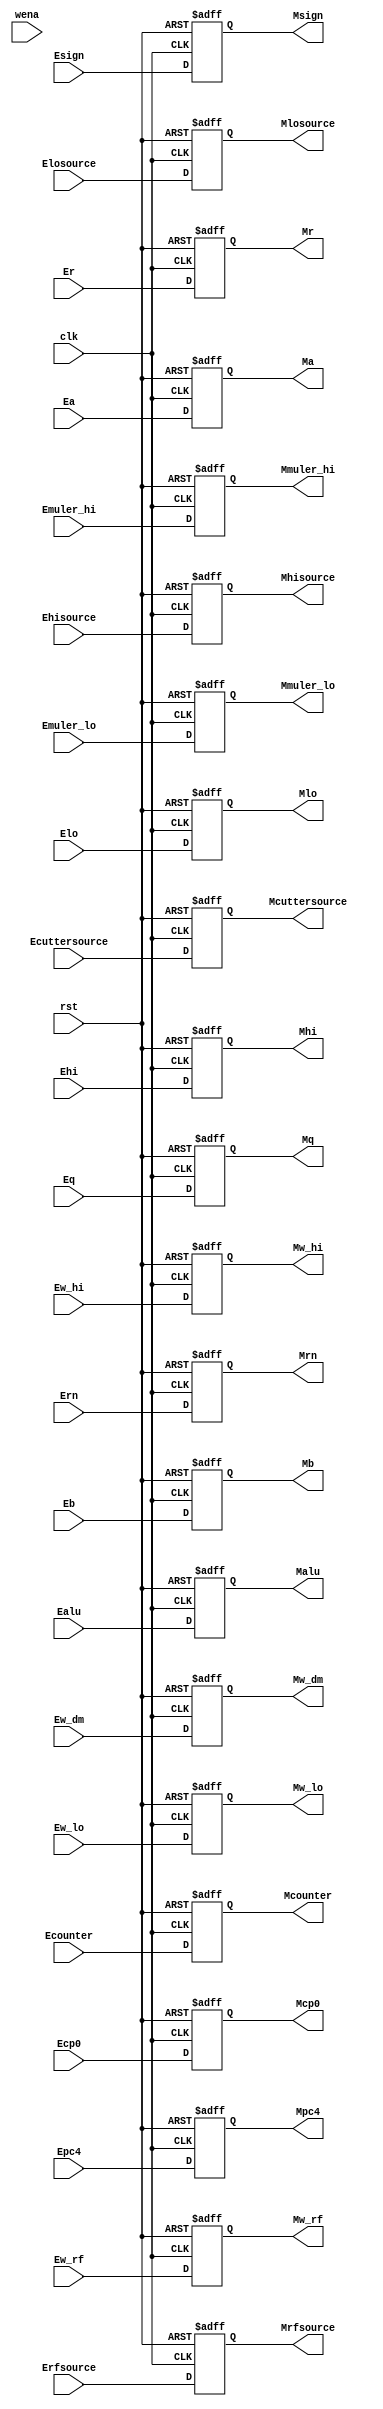
`timescale 1ns / 1ps

module PipeEMreg(Ealu,
				 Ea,Eb,
				 Ecounter,
				 Ecp0,
				 Malu,
				 Ma,Mb,
				 Mcounter,
				 Mcp0,
				 Mcuttersource,
				 Mhi,Mhisource,
				 Mlo,Mlosource,
				 Ecuttersource,
				 Ehi,Ehisource,
				 Elo,Elosource,
				 Emuler_hi,Emuler_lo,
				 Epc4,
				 Eq,Er,
				 Erfsource,Ern,
				 Esign,
				 Mrfsource,Mrn,
				 Msign,
				 Mw_dm,
				 Mw_hi,Mw_lo,
				 Ew_dm,
				 Ew_hi,Ew_lo,
				 Ew_rf,
				 clk,rst,wena,
				 Mmuler_hi,Mmuler_lo,
				 Mpc4,
				 Mq,Mr,
				 Mw_rf);

	input [31:0] Epc4				;
	input [31:0] Eq					;
	input [31:0] Er					;
	input [ 2:0] Erfsource			;
	input [ 4:0] Ern				;
	input Esign						;
	input Ew_dm						;
	input Ew_hi						;
	input Ew_lo						;
	input Ew_rf						;
	input clk						;
	input rst						;
	input wena						;
	input [31:0] Ealu 				;
	input [31:0] Ea 				;
	input [31:0] Eb 				;
	input [31:0] Ecounter 			;
	input [31:0] Ecp0 				;
	input [ 1:0] Ecuttersource 		;
	input [31:0] Ehi 				;
	input [ 1:0] Ehisource 			;
	input [31:0] Elo 				;
	input [ 1:0] Elosource 			;
	input [31:0] Emuler_hi			;
	input [31:0] Emuler_lo			;
	output reg [31:0] Mmuler_hi		;
	output reg [31:0] Mmuler_lo		;
	output reg [31:0] Mpc4			;
	output reg [31:0] Mq			;
	output reg [31:0] Mr			;
	output reg [ 2:0] Mrfsource		;
	output reg [31:0] Malu 			;
	output reg [31:0] Ma 			;
	output reg [31:0] Mb 			;
	output reg [31:0] Mcounter 		;
	output reg [31:0] Mcp0 			;
	output reg [ 1:0] Mcuttersource	;
	output reg [31:0] Mhi 			;
	output reg [ 1:0] Mhisource 	;
	output reg Msign				;
	output reg Mw_dm				;
	output reg Mw_hi				;
	output reg Mw_lo				;
	output reg Mw_rf                ;
	output reg [31:0] Mlo 			;
	output reg [ 1:0] Mlosource  	;
	output reg [ 4:0] Mrn			;
		
	always@(posedge rst or posedge clk)
	begin
		if(rst==1)
		begin
			Msign			<= 0;
			Mw_dm			<= 0;
			Malu 			<= 0;
			Ma 				<= 0;
			Mb 				<= 0;
			Mcounter 		<= 0;
			Mcp0 			<= 0;
			Mcuttersource 	<= 0;
			Mhi 			<= 0;
			Mhisource 		<= 0;
			Mlo 			<= 0;
			Mlosource 		<= 0;
			Mmuler_hi		<= 0;
			Mmuler_lo		<= 0;
			Mpc4			<= 0;
			Mq				<= 0;
			Mr				<= 0;
			Mrfsource		<= 0;
			Mrn				<= 0;
			Mw_hi			<= 0;
			Mw_lo			<= 0;
			Mw_rf			<= 0;		
		end 
		else
		begin
			Mhisource 	    <= Ehisource 	    ;
			Mlo 		    <= Elo 		        ;
			Mlosource  	    <= Elosource  	    ;
			Mmuler_hi	    <= Emuler_hi	    ;
			Mmuler_lo	    <= Emuler_lo	    ;
			Mpc4		    <= Epc4		        ;
			Mq			    <= Eq			    ;
			Malu 			<= Ealu 			;
			Ma 			    <= Ea 			    ;
			Mb 			    <= Eb 			    ;
			Mcounter 	    <= Ecounter 	    ;
			Mcp0 		    <= Ecp0 		    ;
			Mcuttersource   <= Ecuttersource    ;
			Mhi 		    <= Ehi 		        ;
			Mr			    <= Er			    ;
			Mrfsource	    <= Erfsource	    ;
			Mrn			    <= Ern			    ;
			Msign		    <= Esign		    ;
			Mw_dm		    <= Ew_dm		    ;
			Mw_hi		    <= Ew_hi		    ;
			Mw_lo		    <= Ew_lo		    ;
			Mw_rf			<= Ew_rf			;
		end
	end	
endmodule